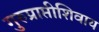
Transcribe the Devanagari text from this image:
गुरुप्राप्तीशिवाय